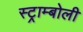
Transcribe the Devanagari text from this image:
स्ट्राम्बोली